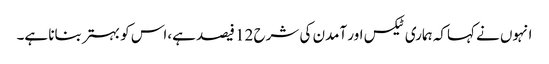
انہوں نے کہاکہ ہماری ٹیکس اور آمدن کی شرح 12 فیصد ہے،اس کو بہتر بنانا ہے۔